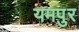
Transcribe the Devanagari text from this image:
यमपुर